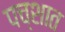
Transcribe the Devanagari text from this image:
पच्शात